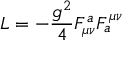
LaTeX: { \cal L } = - \frac { g ^ { 2 } } { 4 } F _ { \mu \nu } ^ { a } F _ { a } ^ { \mu \nu }